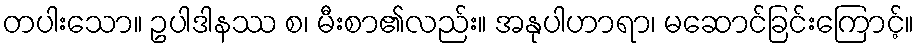
တပါးသော။ ဥပါဒါနဿ စ၊ မီးစာ၏လည်း။ အနုပါဟာရာ၊ မဆောင်ခြင်းကြောင့်။